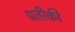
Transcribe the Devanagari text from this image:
प्रतीकी